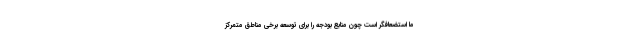
ما استضعافگر است چون منابع بودجه را برای توسعه برخی مناطق متمرکز